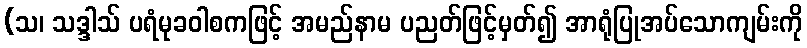
(သ၊ သဒ္ဒါသ် ပရံမုခဝါစကဖြင့် အမည်နာမ ပညတ်ဖြင့်မှတ်၍ အာရုံပြုအပ်သောကျမ်းကို